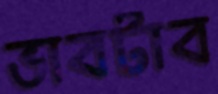
ভাবটাব